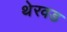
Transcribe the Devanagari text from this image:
थेरवड